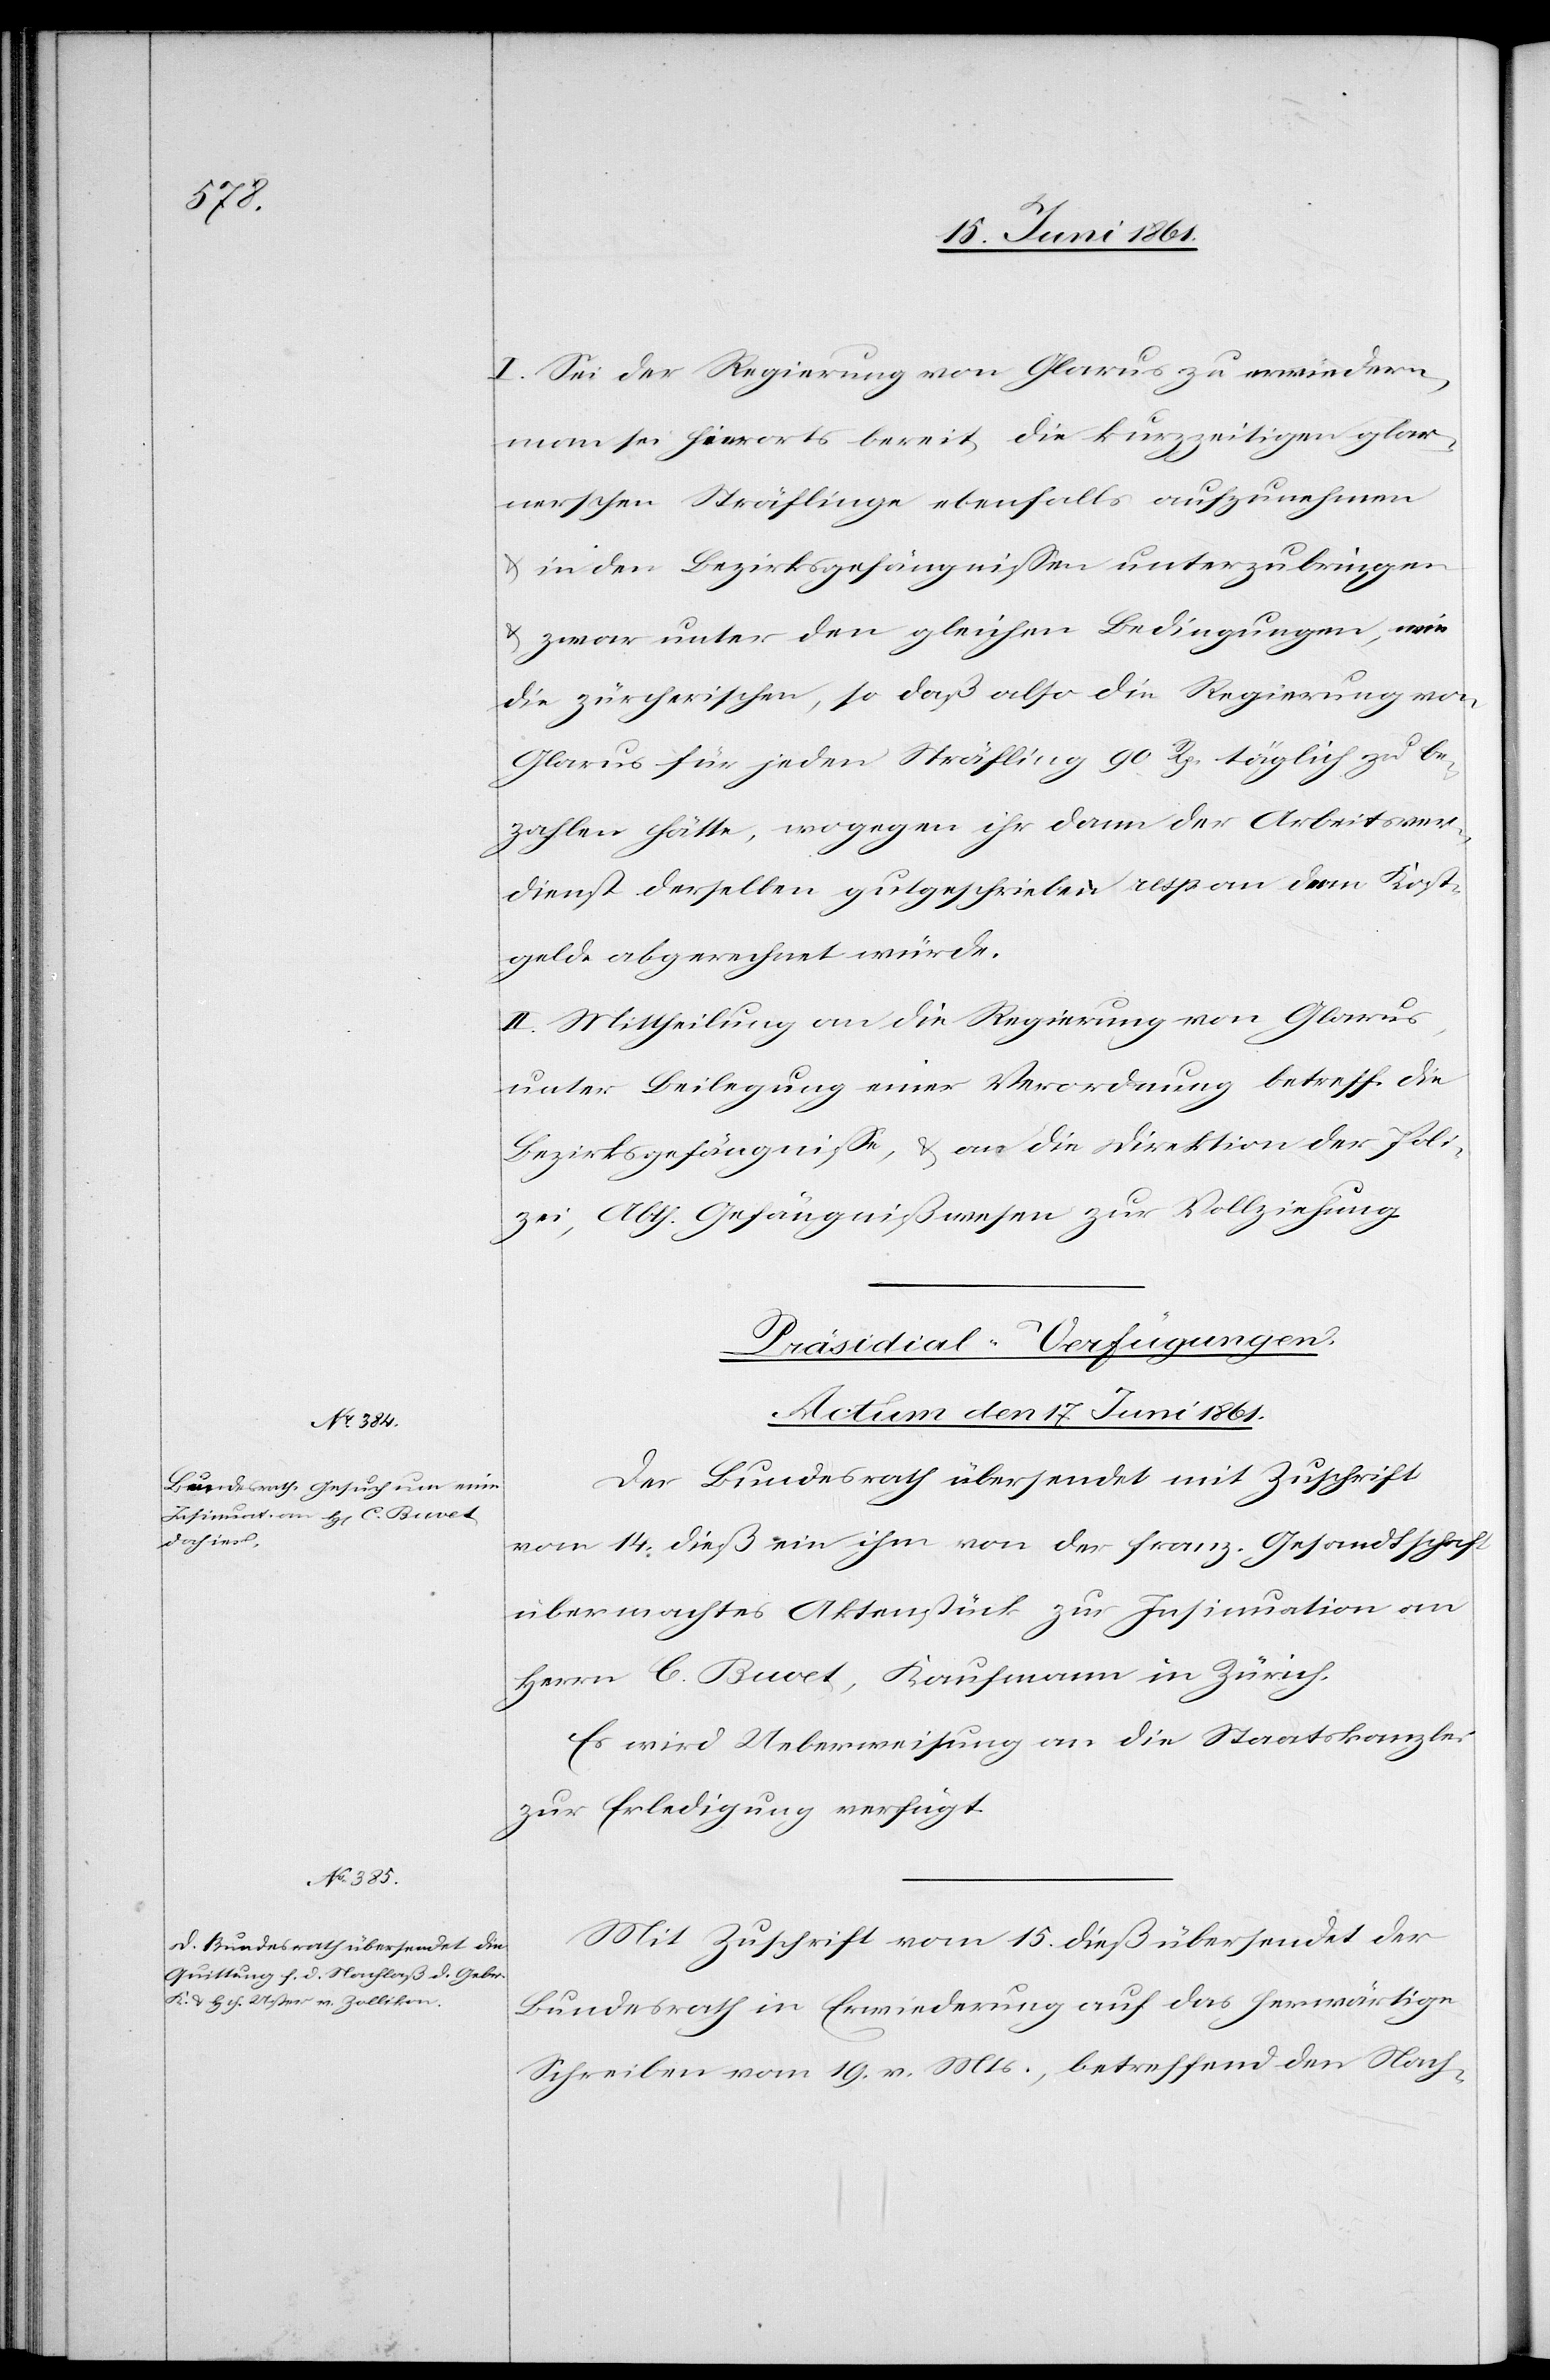
I. Sei der Regierung von Glarus zu erwiedern,
man sei hierorts bereit, die kurzzeitigen glar¬
nerschen Sträflinge ebenfalls aufzunehmen
u. in den Bezirksgefängnissen unterzubringen
u. zwar unter den gleichen Bedingungen, wie
die zürcherischen, so daß also die Regierung von
Glarus für jeden Sträfling 90 Rp. täglich zu be¬
zahlen hätte, wogegen ihr dann der Arbeitsver¬
dienst derselben gutgeschrieben resp. an dem Kost¬
gelde abgerechnet würde.
II. Mittheilung an die Regierung von Glarus,
unter Beilegung einer Verordnung betreff. die
Bezirksgefängnisse, u. an die Direktion der Poli¬
zei, Abth. Gefängnißwesen zur Vollziehung.
[Präsidial-Verfügungen.
Actum den 17. Juni 1861.]
Der Bundesrath übersendet mit Zuschrift
vom 14. dieß ein ihm von der franz. Gesandtschaft
übermachtes Aktenstück zur Insinuation an
Herrn C. Buvet, Kaufmann in Zürich.
Es wird Ueberweisung an die Staatskanzlei
zur Erledigung verfügt.
Mit Zuschrift vom 15. dieß übersendet der
Bundesrath in Erwiederung auf das herwärtige
Schreiben vom 19. v. Mts., betreffend den Nach-